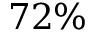
7 2 \%